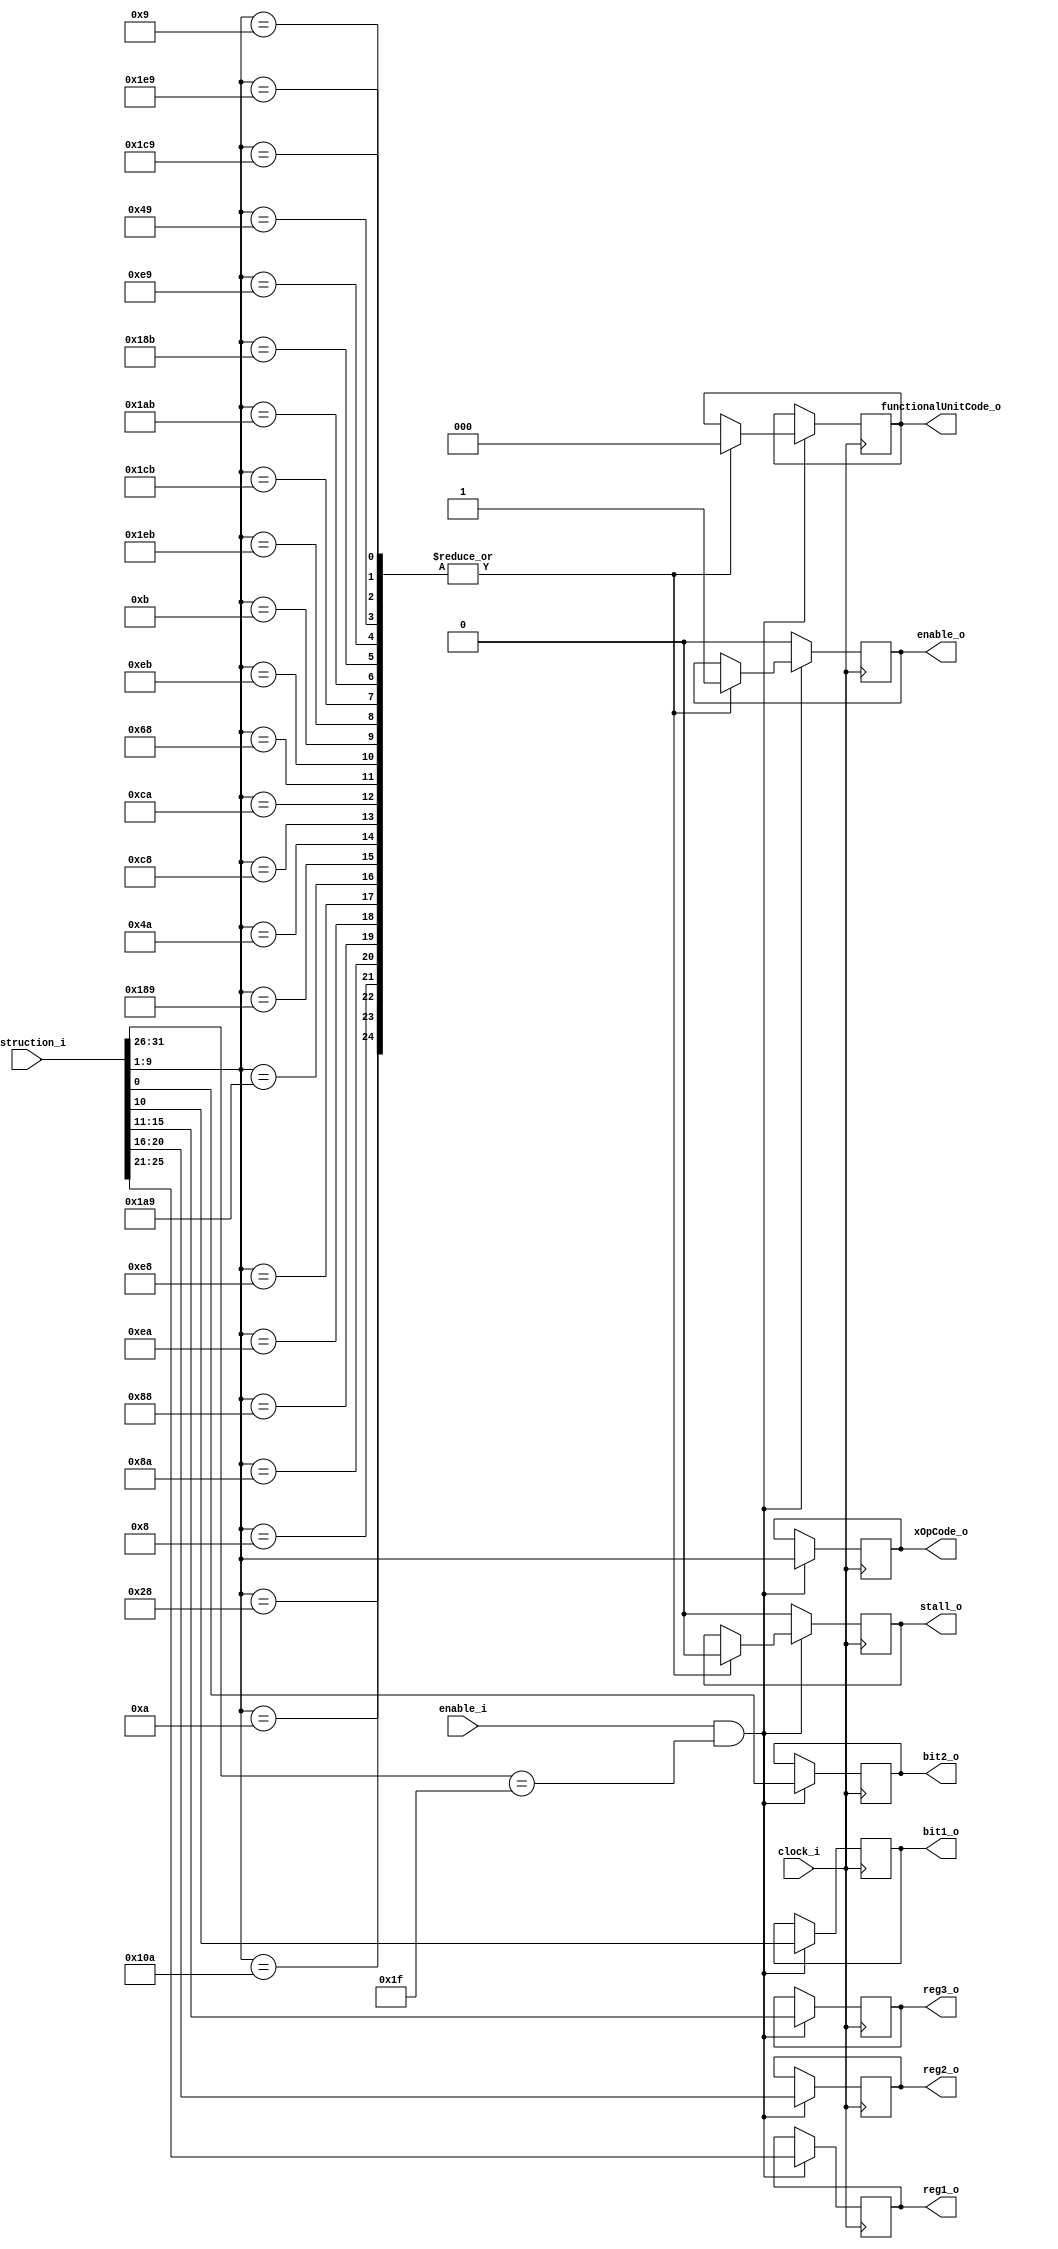
`timescale 1ns / 1ps
//////////////////////////////////////////////////////////////////////////////////
//Parses all XO format instructions in the POWER ISA 3.0B instruction set
//////////////////////////////////////////////////////////////////////////////////
module XOFormatDecoder#( parameter opcodeWidth = 6, parameter XoOpCodeWidth = 9, parameter regWidth = 5, parameter instructionWidth = 32,
parameter FXUnitCode = 0, parameter FPUnitCode = 1, parameter LdStUnitCode = 2, parameter BranchUnitCode = 3, parameter TrapUnitCode = 4//functional unit code/ID used for dispatch
)(
	//command in
	input wire clock_i,
	input wire enable_i,
	//data in
	input wire [0:instructionWidth-1] instruction_i,
	//command out
	output reg stall_o,
	//data out
	output reg [0:regWidth-1] reg1_o, reg2_o, reg3_o,
	output reg [0:XoOpCodeWidth-1]xOpCode_o,
	output reg bit1_o, bit2_o,
	output reg [0:2] functionalUnitCode_o,
	output reg enable_o
	);

	always @(posedge clock_i)
	begin
		if((enable_i == 1) && (instruction_i[0:opcodeWidth-1] == 31))
		begin
			xOpCode_o <= instruction_i[22:30];
			bit1_o <= instruction_i[21]; bit2_o <= instruction_i[31];
			reg1_o <= instruction_i[6:10]; reg2_o <= instruction_i[11:15]; reg3_o <= instruction_i[16:20];
			case(instruction_i[22:30])
				266: begin $display("Add");	
					enable_o <= 1; stall_o <= 0;
					functionalUnitCode_o <= FXUnitCode;
				end
				40: begin $display("Subtract From");
					enable_o <= 1; stall_o <= 0;
					functionalUnitCode_o <= FXUnitCode;
				end
				10: begin $display("Add Carrying");
					enable_o <= 1; stall_o <= 0;
					functionalUnitCode_o <= FXUnitCode;
				end
				8: begin $display("Subtract From Carrying");
					enable_o <= 1; stall_o <= 0;
					functionalUnitCode_o <= FXUnitCode;
				end
				138: begin $display("Add Extended");
					enable_o <= 1; stall_o <= 0;
					functionalUnitCode_o <= FXUnitCode;
				end
				136: begin $display("Subtract From Extended");
					enable_o <= 1; stall_o <= 0;
					functionalUnitCode_o <= FXUnitCode;
				end
				234: begin $display("Add to Minus One Extended");
					enable_o <= 1; stall_o <= 0;
					functionalUnitCode_o <= FXUnitCode;
				end
				232: begin $display("Subtract From Minus One Extended");
					enable_o <= 1; stall_o <= 0;
					functionalUnitCode_o <= FXUnitCode;
				end
				200: begin $display("Subtract From Zero Extended");
					enable_o <= 1; stall_o <= 0;
					functionalUnitCode_o <= FXUnitCode;
				end
				202: begin $display("Add to Zero Extended");
					enable_o <= 1; stall_o <= 0;
					functionalUnitCode_o <= FXUnitCode;
				end
				104: begin $display("Negate");
					enable_o <= 1; stall_o <= 0;
					functionalUnitCode_o <= FXUnitCode;
				end
				235: begin $display("Multiply Low Word");
					enable_o <= 1; stall_o <= 0;
					functionalUnitCode_o <= FXUnitCode;
				end
				11: begin $display("Multiply High Word Unsigned");
					enable_o <= 1; stall_o <= 0;
					functionalUnitCode_o <= FXUnitCode;
				end
				491: begin $display("Divide Word");
					enable_o <= 1; stall_o <= 0;
					functionalUnitCode_o <= FXUnitCode;
				end
				459: begin $display("Divide Word Unsigned");
					enable_o <= 1; stall_o <= 0;
					functionalUnitCode_o <= FXUnitCode;
				end
				427: begin $display("Divide Word Extended");
					enable_o <= 1; stall_o <= 0;
					functionalUnitCode_o <= FXUnitCode;
				end
				395: begin $display("Divide Word Extended Unsigned");
					enable_o <= 1; stall_o <= 0;
					functionalUnitCode_o <= FXUnitCode;
				end
				233: begin $display("Multiply Low Doubleword");
					enable_o <= 1; stall_o <= 0;
					functionalUnitCode_o <= FXUnitCode;
				end
				73: begin $display("Multiply High Doubleword");
					enable_o <= 1; stall_o <= 0;
					functionalUnitCode_o <= FXUnitCode;
				end
				9: begin $display("Multiply High Doubleword Unsigned");
					enable_o <= 1; stall_o <= 0;
					functionalUnitCode_o <= FXUnitCode;
				end				
				489: begin $display("Divide Doubleword");
					enable_o <= 1; stall_o <= 0;
					functionalUnitCode_o <= FXUnitCode;
				end
				457: begin $display("Divide Doubleword Unsigned");
					enable_o <= 1; stall_o <= 0;
					functionalUnitCode_o <= FXUnitCode;
				end
				425: begin $display("Divide Doubleword Extended");
					enable_o <= 1; stall_o <= 0;
					functionalUnitCode_o <= FXUnitCode;
				end
				393: begin $display("Divide Doubleword Extended Unsigned");
					enable_o <= 1; stall_o <= 0;
					functionalUnitCode_o <= FXUnitCode;
				end
				74: begin $display("Add and Generate Sixes");
					enable_o <= 1; stall_o <= 0;
					functionalUnitCode_o <= FXUnitCode;
				end
			endcase
		end
		else
		begin
			enable_o <= 0;
			stall_o <= 0;
		end
	end

endmodule